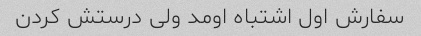
سفارش اول اشتباه اومد ولی درستش کردن